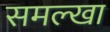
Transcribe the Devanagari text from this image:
समल्खा